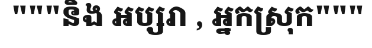
"""និង អប្សរា , អ្នកស្រុក"""